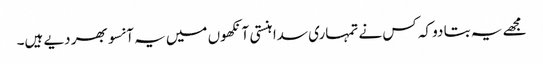
مجھے یہ بتا دو کہ کس نے تمہاری سدا ہنستی آنکھوں میں یہ آنسو بھر دیے ہیں۔